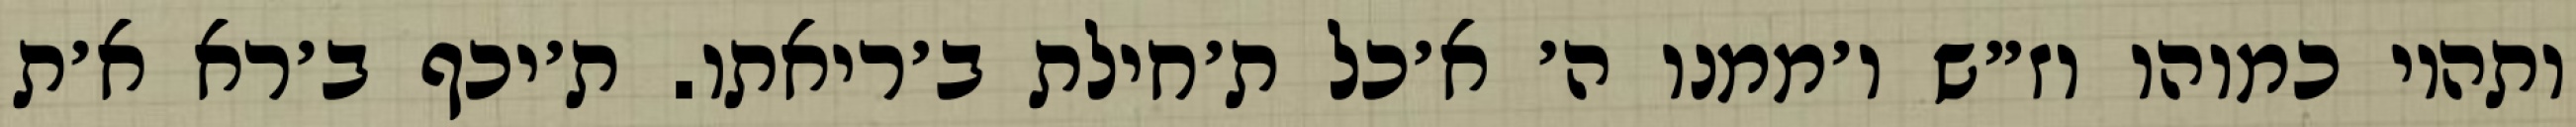
ותהיו כמוהו וז״ש ו׳ממנו ה׳ א׳כל ת׳חילת ב׳ריאתו. ת׳יכף ב׳רא א׳ת